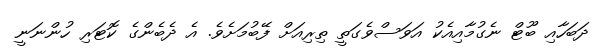
ދަބަހާއި ބޫޓް ނެގުމާއިއެކު އަވަސްވެގަތީ ތިރިއަށް ފޭބުމަށެވެ. އެ ދެބެންގެ ކޮޓަރި ހުންނަނީ